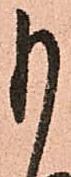
も